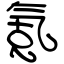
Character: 氪